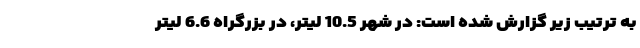
به ترتیب زیر گزارش شده است: در شهر 10.5 لیتر، در بزرگراه 6.6 لیتر